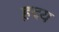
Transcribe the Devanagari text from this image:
ह़दय